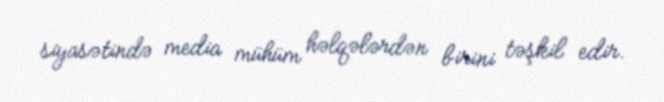
siyasətində media mühüm həlqələrdən birini təşkil edir.